Preliminary report on the killing of rats and rat fleas by hydrocyanic acid gas - Number 38
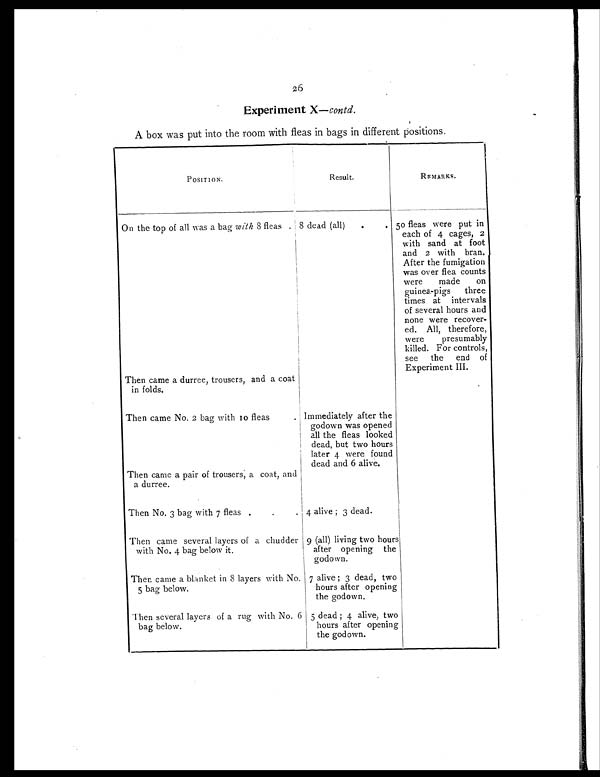
26
Experiment X— contd.
A box was put into the room with fleas in bags in different positions.
POSITION.
Result.
REMARKS.
On the top of all was a bag with 8 fleas
8 dead (all)
.
. 50 fleas were put in
each of 4 cages, 2
with sand at foot
and 2 with bran.
After the fumigation
was over flea counts
were made on
guinea-pigs three
times at intervals
of several hours and
none were recover-
ed. All, therefore,
were presumably
killed. For controls,
see the end of
Experiment III.
Then came a durree, trousers, and a coat
in folds.
Then came No. 2 bag with 10 fleas
. Immediately after the
godown was opened
all the fleas looked
dead, but two hours
later 4 were found
dead and 6 alive.
Then came a pair of trousers; a coat, and
a durree.
Then No. 3 bag with 7 fleas .
.
.
4 alive ; 3 dead.
Then came several layers of a chudder
with No. 4 bag below it.
9 (all) living two hours
after opening the
godown.
Then came a blanket in 8 layers with No.
5 bag below.
7 alive ; 3 dead, two
hours after opening
the godown.
Then several layers of a rug with No, 6
bag below.
5 dead ; 4 alive, two
hours after opening
the godown.